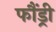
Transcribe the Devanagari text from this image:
फौंड्री